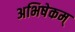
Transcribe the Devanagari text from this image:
अभिषेकम्